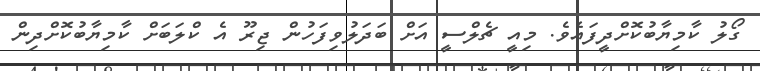
ގޯލު ކާމިޔާބުކޮށްދީފައެވެ. މިއީ ޗެލްސީ އަށް ބަދަލުވިފަހުން ޖިރޫ އެ ކްލަބަށް ކާމިޔާބުކޮށްދިން